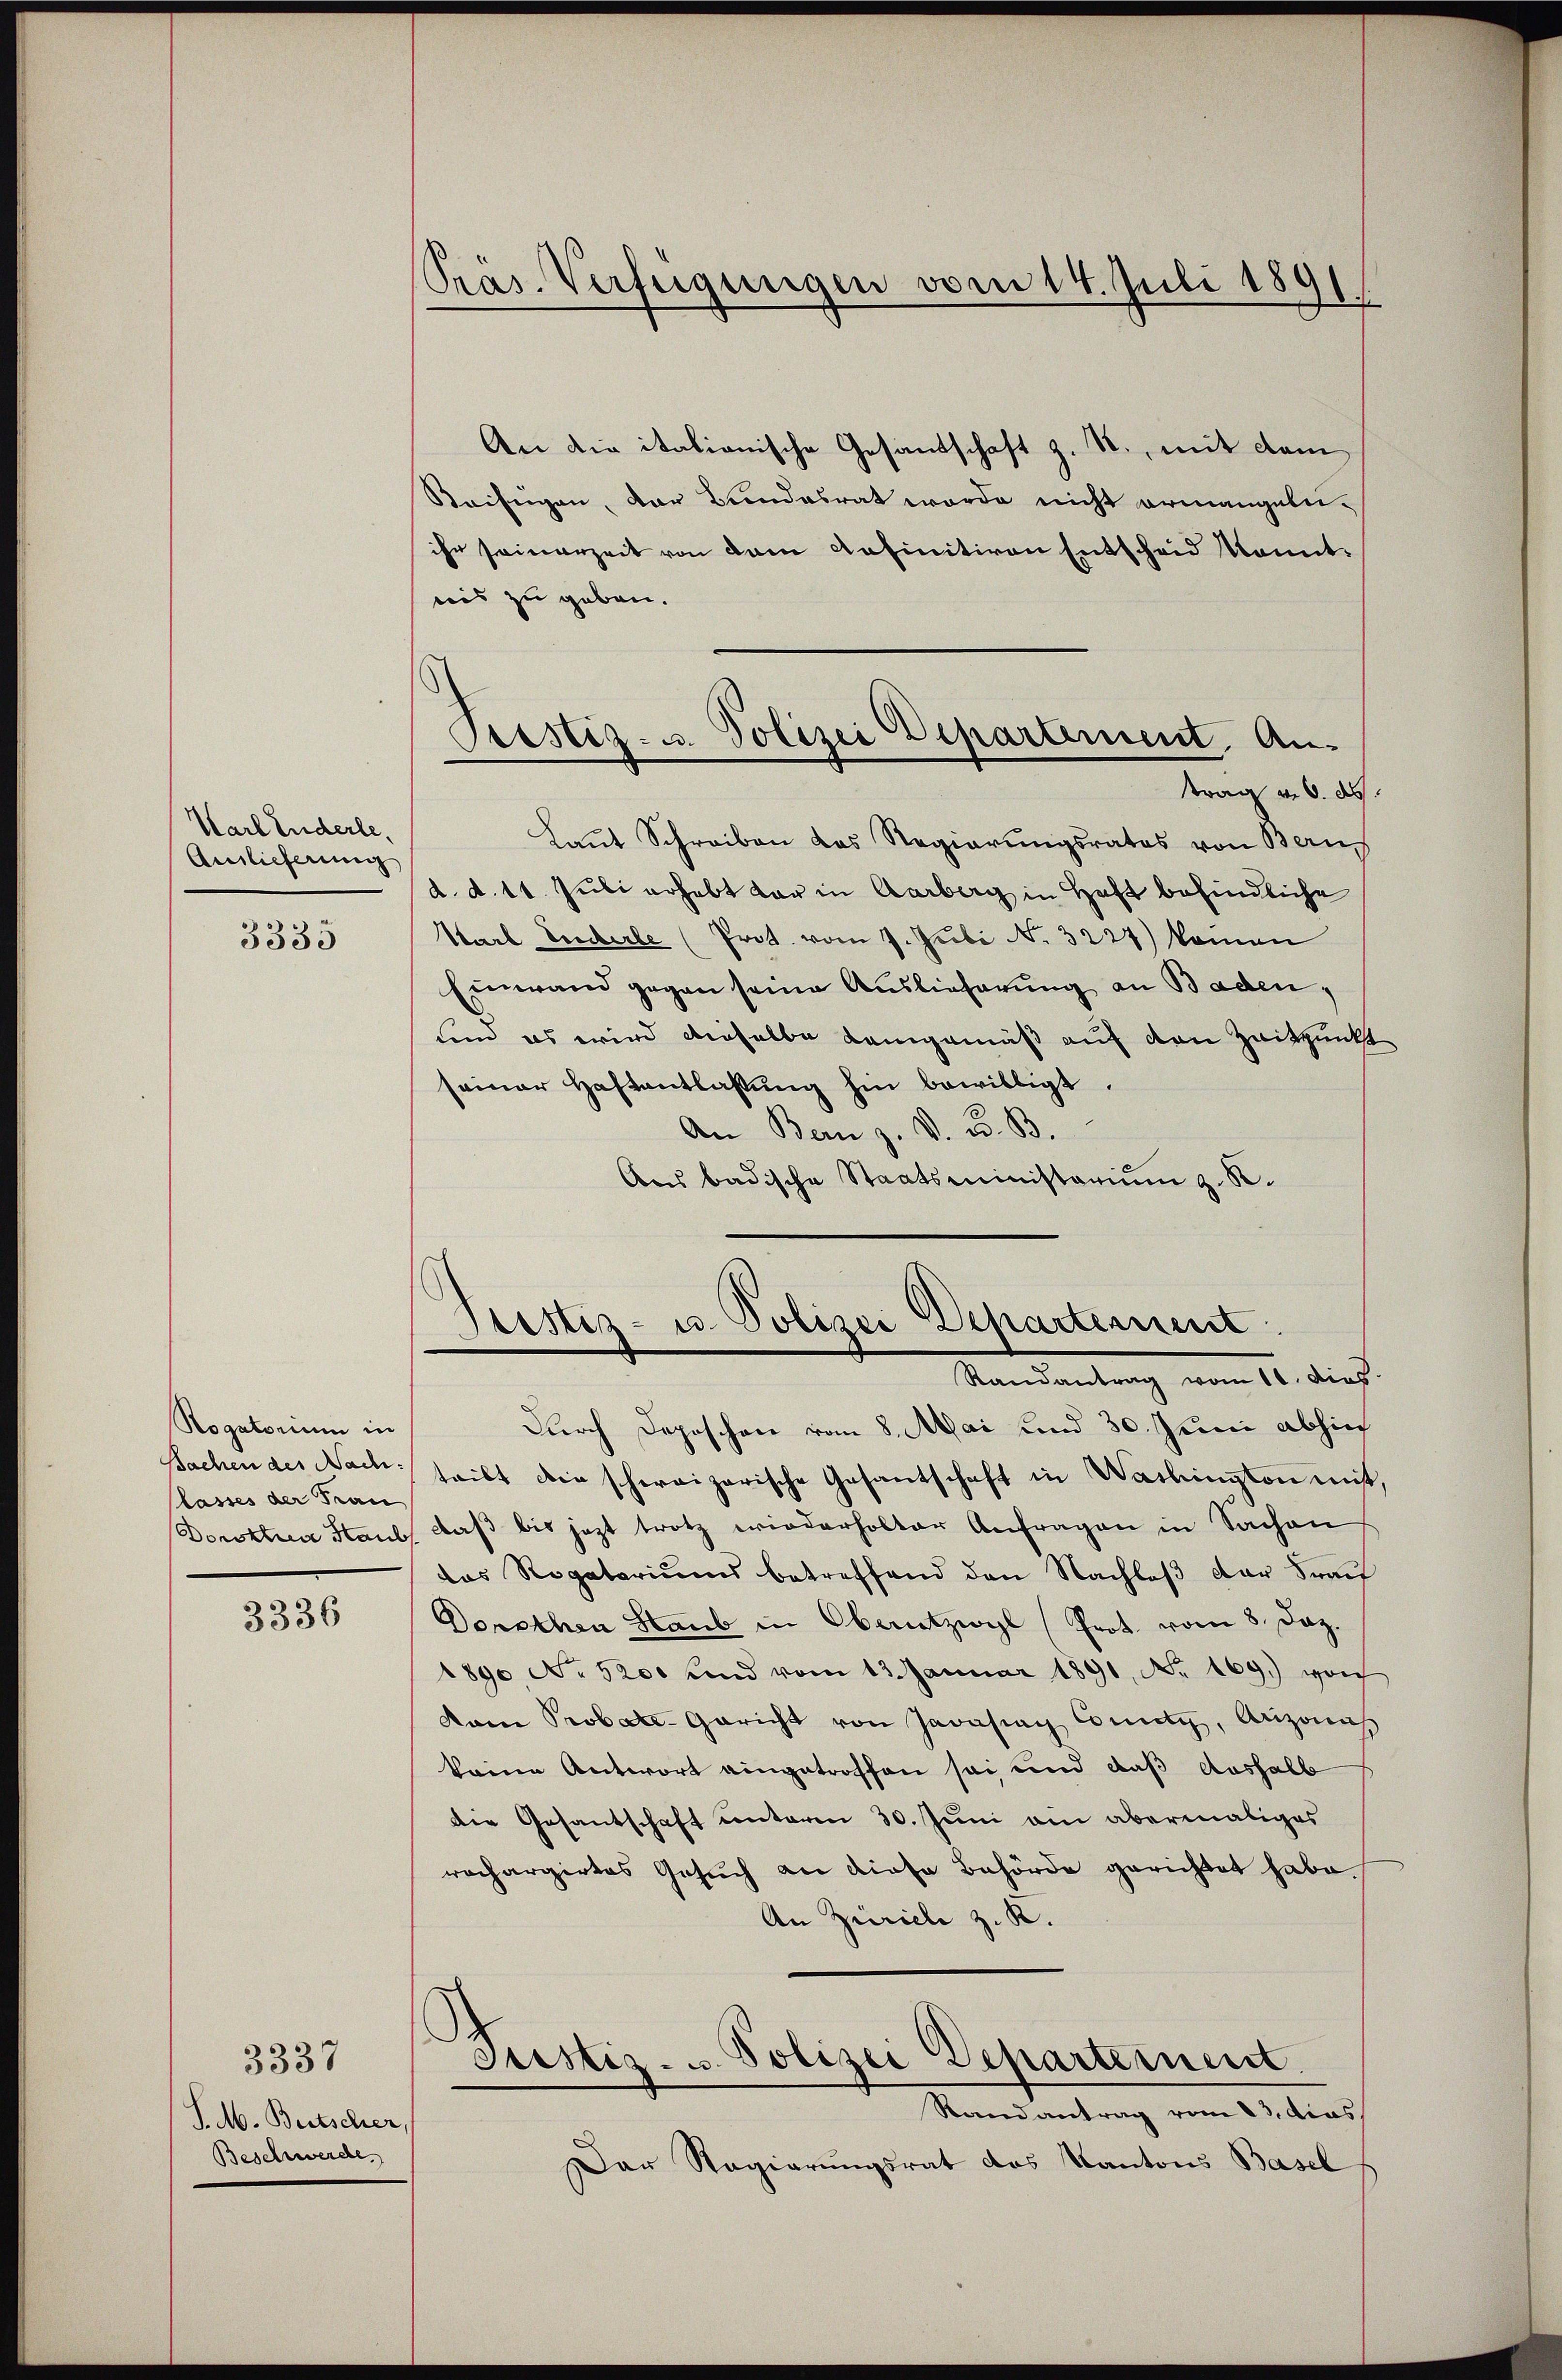
Karl Enderle,
Ainlicherung

3335

Rogatorium in
Bachen des Nac
lasses der Frau
Doroktrine Staub

3336

S. M. Bütscher,
Beschwerde.

3337

Präs. Verfügungen vom 14. Juli 1891

An die italianische Gesandschaft z. R., mit dem
Steifigen, der Bundesrat werde nicht ermangele-
ihr seinerzeit von dem definitiven Entscheid kannt.
reis zu geben.
Laut Schreiben das Regierungsrates von Bern
d. d. 11. Juli erhebt vor in Aarberg in Haft befindliche
Starb Zuckerle (Prot. vom 7. Juli No 3227) kommen
Einwand gegen seine Auslieferung an Baden,
und es wird denselbe Lemgemäß auf den Zeitpunkt
seiner Haftentlassŭng hin bewilligt.
An Bern z. V. D. B.
Ans badische Staatsministerium z. B.

Prestiz- u. Polizei Departement An-
trag v. 6. ds.

Stestiz- u. Polizei Departement
Randantrag vom 10. dies

Durch Depeschen vom 8. Mai und 30. Juni abhin
teilt die schweizerische Gesantschaft in Washington mißt,
daß bis jezt trotz wiederholter Anfragen in Sachen
das Rogatariums betreffend den Nachlaβ der Fraŭ
Dorothen Staub in Oberutzwyl (Prot. vom 8. Dez.
1890, No 5200 und vom 13. Januar 1891, No. 169.) von
dam Probe-Gericht von Javastag County, Anzonis
keine Antwort eingetroffen sei und daß Aushalb
die Gesantschaft unterm 30. Juni am abermaliges
rachargirtes Gesuch an diese Behörde gerichtet habe.
An Zürich z. K.
Justiz- u. Polizei Departement.
Randantrag vom 23. dies
Der Regierungsrat des Kantons Basel